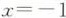
$$x = -1$$